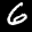
Label: 6